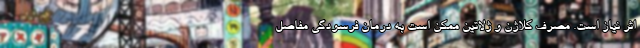
اثر نیاز است. مصرف کلاژن و ژلاتین ممکن است به درمان فرسودگی مفاصل